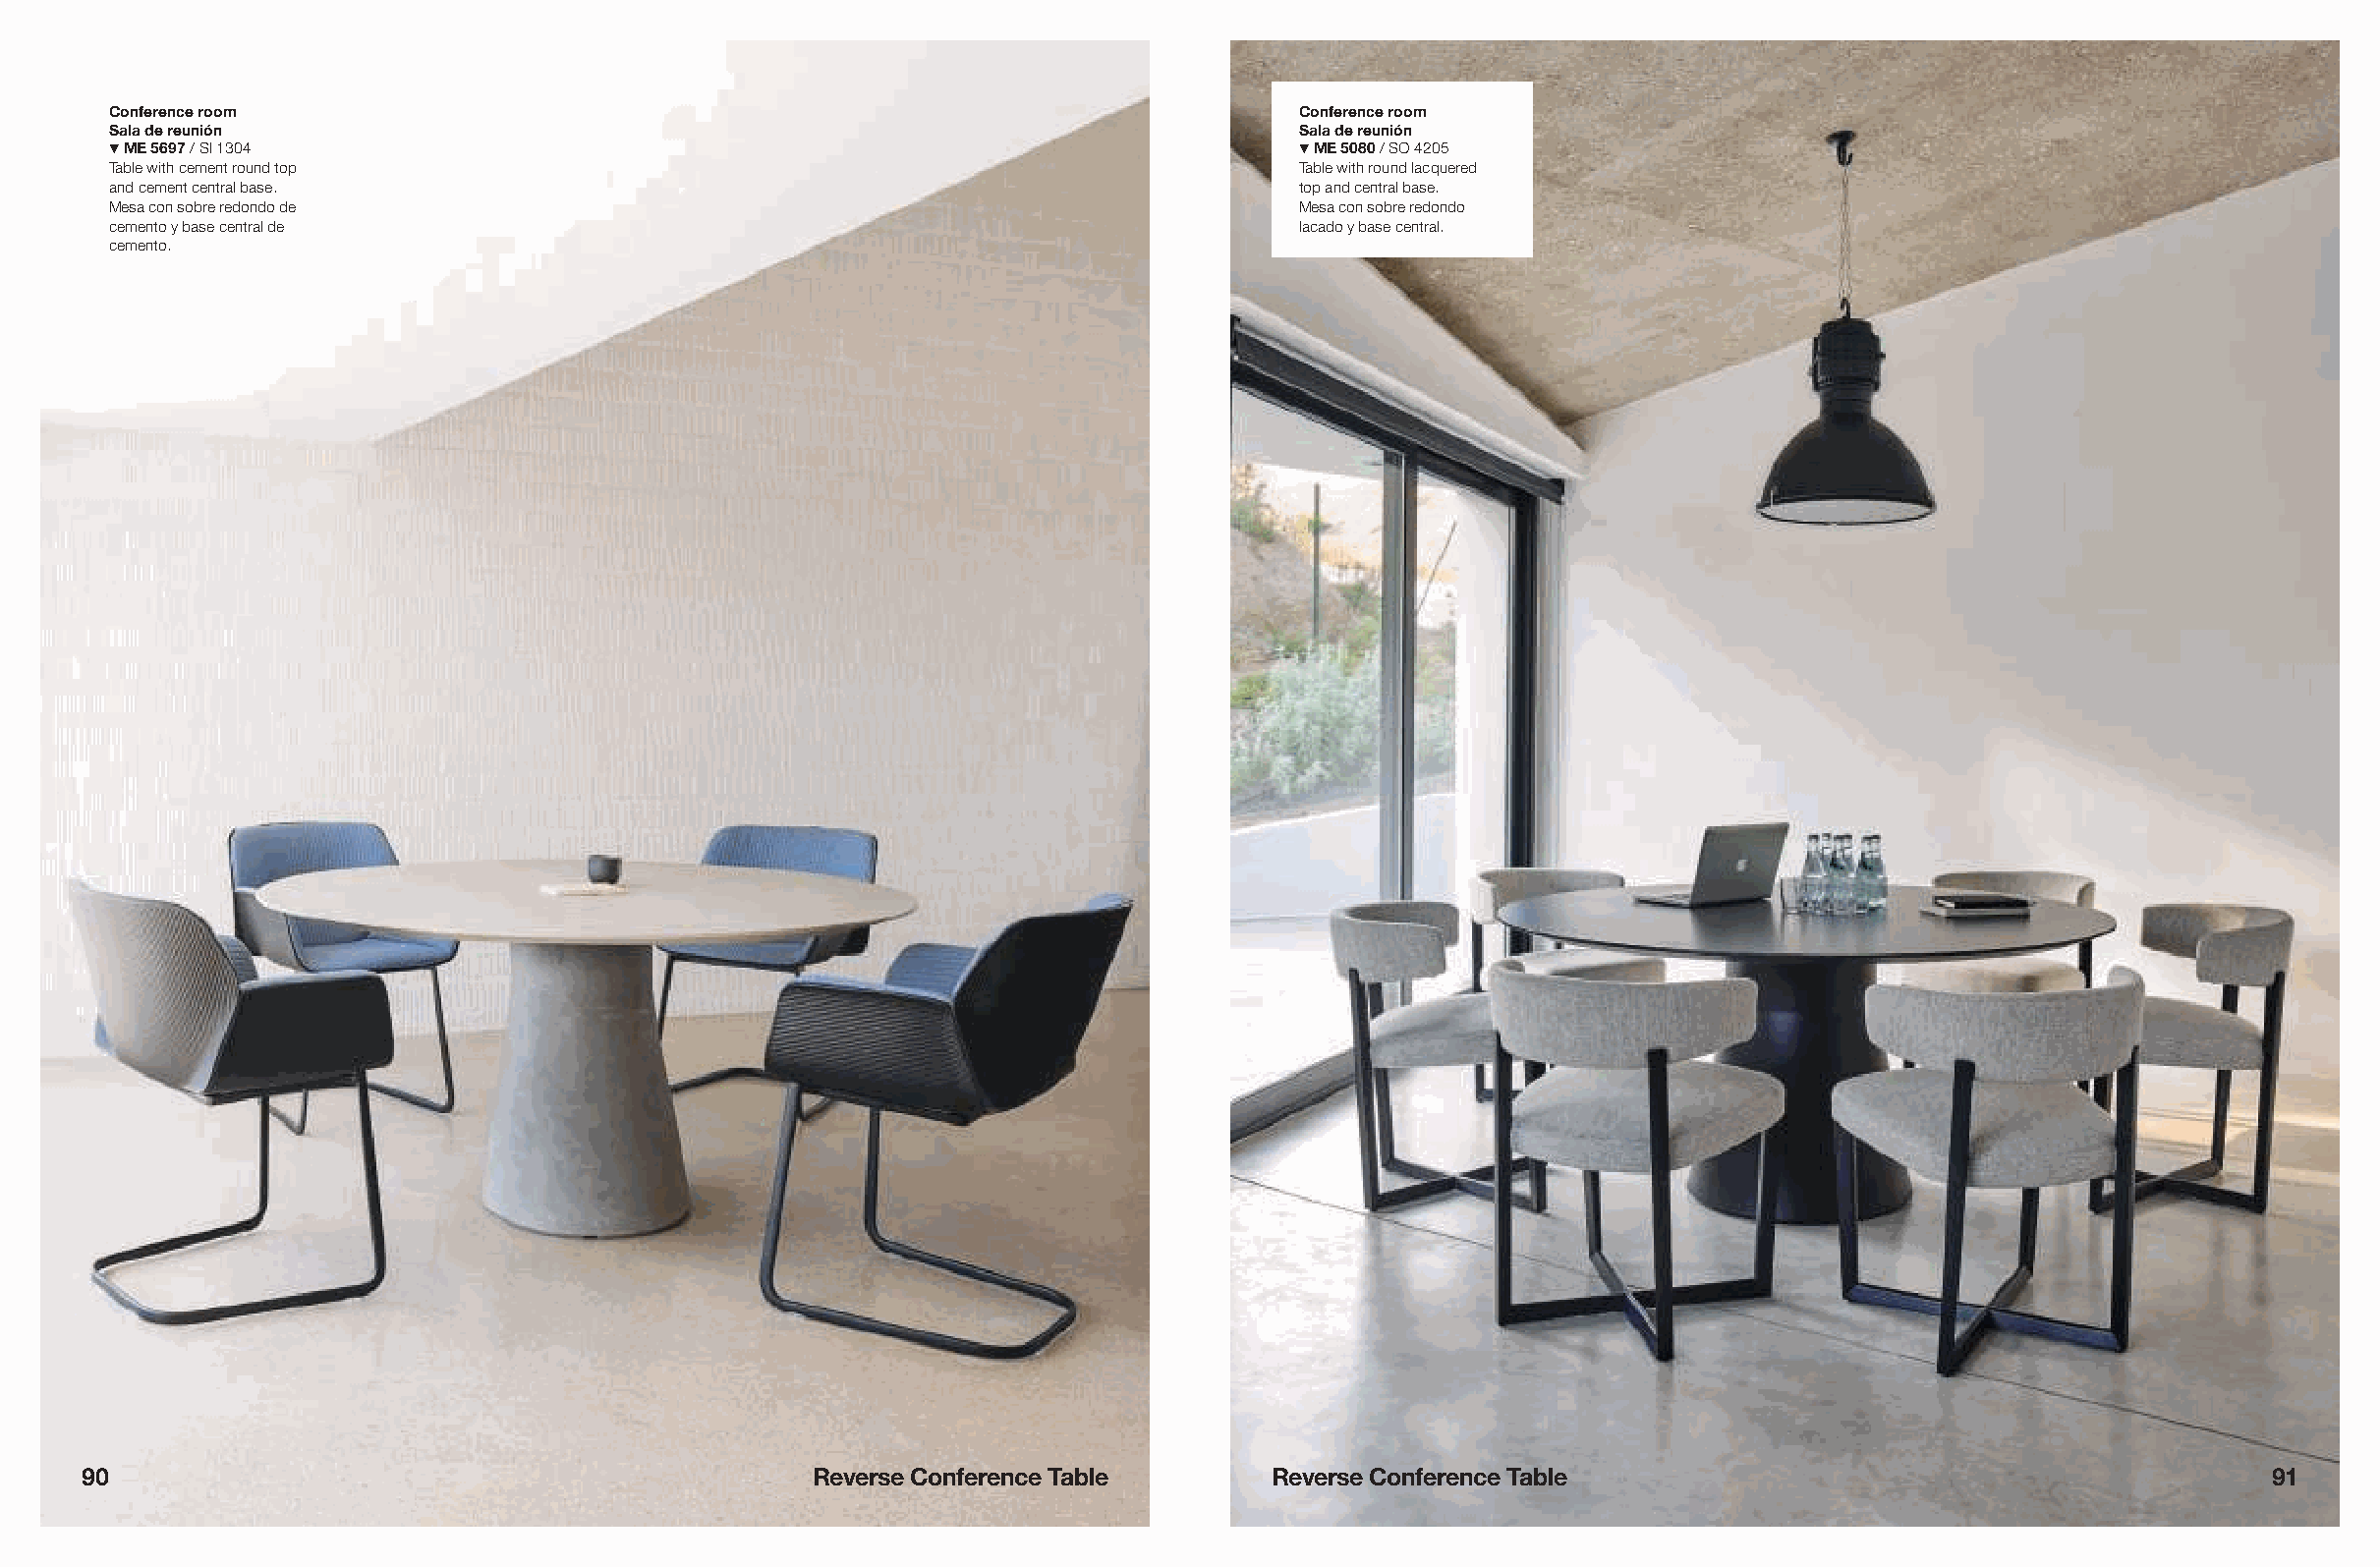
Conference room                                                                 Conference room
 Sala de reunión                                                                 Sala de reunión
 ! ME 5697 / SI 1304                                                             ! ME 5080 / SO 4205
 Table with cement round top                                                     Table with round lacquered
 and cement central base.                                                        top and central base.
 Mesa con sobre redondo de                                                       Mesa con sobre redondo
 cemento y base central de                                                       lacado y base central.
 cemento.
 90                                                Reverse Conference Table       Reverse Conference Table                                           91